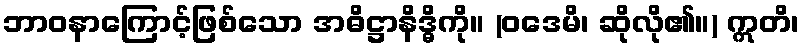
ဘာဝနာကြောင့်ဖြစ်သော အဓိဋ္ဌာနိဒ္ဓိကို။ (ဝဒေမိ၊ ဆိုလို၏။) ဣတိ၊